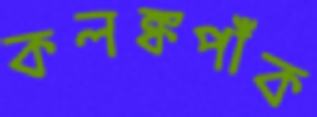
কলঙ্কপাঁক